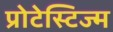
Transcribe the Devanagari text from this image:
प्रोटेस्टिज्म